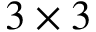
3 \times 3